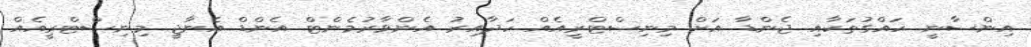
އިންސާނީ ހައްގުތަކާއި ޖެންޑާ އަށް މިނިސްޓްރީއެއް ހަދާއިރު އެންވާރުމެންޓް އެންޑް އެނާޖީ މިނިސްޓްރީއެއް